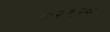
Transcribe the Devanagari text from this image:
०२९२८